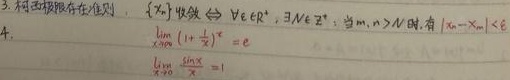
3. 柯西极限存在准则：$\{x_{n}\}$收敛$\Leftrightarrow \forall \varepsilon \in \mathbb{R}^{+}$，$\exists N \in \mathbb{Z}^{+}$，当$m, n > N$时，有$|x_{m}-x_{n}|<\varepsilon$
4.
$\lim\limits_{x \to \infty}(1 + \frac{1}{x})^{x}=e$
$\lim\limits_{x \to 0}\frac{\sin x}{x}=1$